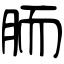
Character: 胹